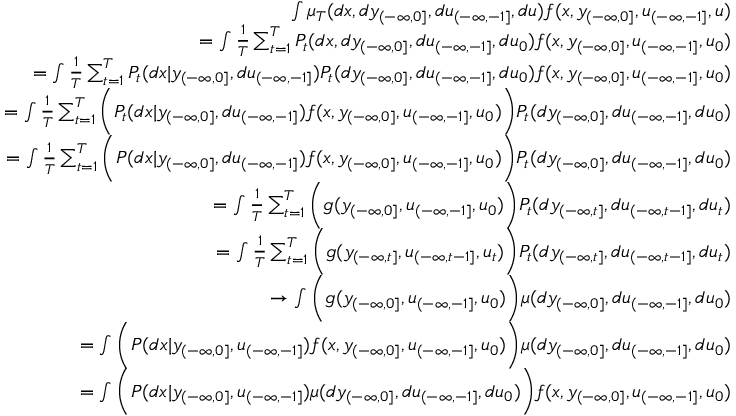
\begin{array} { r l r } & { } & { \int \mu _ { T } ( d x , d y _ { ( - \infty , 0 ] } , d u _ { ( - \infty , - 1 ] } , d u ) f ( x , y _ { ( - \infty , 0 ] } , u _ { ( - \infty , - 1 ] } , u ) } \\ & { } & { = \int { \frac { 1 } { T } } \sum _ { t = 1 } ^ { T } P _ { t } ( d x , d y _ { ( - \infty , 0 ] } , d u _ { ( - \infty , - 1 ] } , d u _ { 0 } ) f ( x , y _ { ( - \infty , 0 ] } , u _ { ( - \infty , - 1 ] } , u _ { 0 } ) } \\ & { } & { = \int { \frac { 1 } { T } } \sum _ { t = 1 } ^ { T } P _ { t } ( d x | y _ { ( - \infty , 0 ] } , d u _ { ( - \infty , - 1 ] } ) P _ { t } ( d y _ { ( - \infty , 0 ] } , d u _ { ( - \infty , - 1 ] } , d u _ { 0 } ) f ( x , y _ { ( - \infty , 0 ] } , u _ { ( - \infty , - 1 ] } , u _ { 0 } ) } \\ & { } & { = \int { \frac { 1 } { T } } \sum _ { t = 1 } ^ { T } \bigg ( P _ { t } ( d x | y _ { ( - \infty , 0 ] } , d u _ { ( - \infty , - 1 ] } ) f ( x , y _ { ( - \infty , 0 ] } , u _ { ( - \infty , - 1 ] } , u _ { 0 } ) \bigg ) P _ { t } ( d y _ { ( - \infty , 0 ] } , d u _ { ( - \infty , - 1 ] } , d u _ { 0 } ) } \\ & { } & { = \int { \frac { 1 } { T } } \sum _ { t = 1 } ^ { T } \bigg ( P ( d x | y _ { ( - \infty , 0 ] } , d u _ { ( - \infty , - 1 ] } ) f ( x , y _ { ( - \infty , 0 ] } , u _ { ( - \infty , - 1 ] } , u _ { 0 } ) \bigg ) P _ { t } ( d y _ { ( - \infty , 0 ] } , d u _ { ( - \infty , - 1 ] } , d u _ { 0 } ) } \\ & { } & { = \int { \frac { 1 } { T } } \sum _ { t = 1 } ^ { T } \bigg ( g ( y _ { ( - \infty , 0 ] } , u _ { ( - \infty , - 1 ] } , u _ { 0 } ) \bigg ) P _ { t } ( d y _ { ( - \infty , t ] } , d u _ { ( - \infty , t - 1 ] } , d u _ { t } ) } \\ & { } & { = \int { \frac { 1 } { T } } \sum _ { t = 1 } ^ { T } \bigg ( g ( y _ { ( - \infty , t ] } , u _ { ( - \infty , t - 1 ] } , u _ { t } ) \bigg ) P _ { t } ( d y _ { ( - \infty , t ] } , d u _ { ( - \infty , t - 1 ] } , d u _ { t } ) } \\ & { } & { \to \int \bigg ( g ( y _ { ( - \infty , 0 ] } , u _ { ( - \infty , - 1 ] } , u _ { 0 } ) \bigg ) \mu ( d y _ { ( - \infty , 0 ] } , d u _ { ( - \infty , - 1 ] } , d u _ { 0 } ) } \\ & { } & { = \int \bigg ( P ( d x | y _ { ( - \infty , 0 ] } , u _ { ( - \infty , - 1 ] } ) f ( x , y _ { ( - \infty , 0 ] } , u _ { ( - \infty , - 1 ] } , u _ { 0 } ) \bigg ) \mu ( d y _ { ( - \infty , 0 ] } , d u _ { ( - \infty , - 1 ] } , d u _ { 0 } ) } \\ & { } & { = \int \bigg ( P ( d x | y _ { ( - \infty , 0 ] } , u _ { ( - \infty , - 1 ] } ) \mu ( d y _ { ( - \infty , 0 ] } , d u _ { ( - \infty , - 1 ] } , d u _ { 0 } ) \bigg ) f ( x , y _ { ( - \infty , 0 ] } , u _ { ( - \infty , - 1 ] } , u _ { 0 } ) } \end{array}